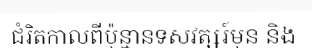
ជំរិតកាលពីប៉ុន្មានទសវត្សរ៍មុន និង